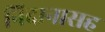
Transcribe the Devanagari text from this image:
निदानासह